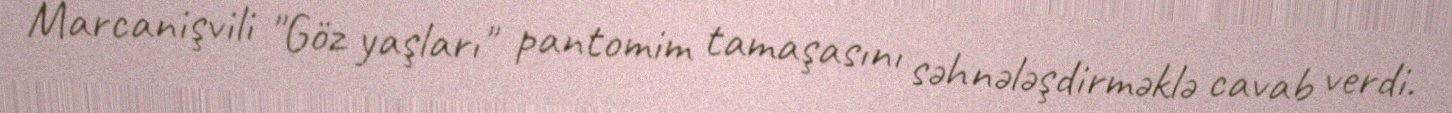
Marcanişvili "Göz yaşları" pantomim tamaşasını səhnələşdirməklə cavab verdi.